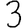
Digit: 3